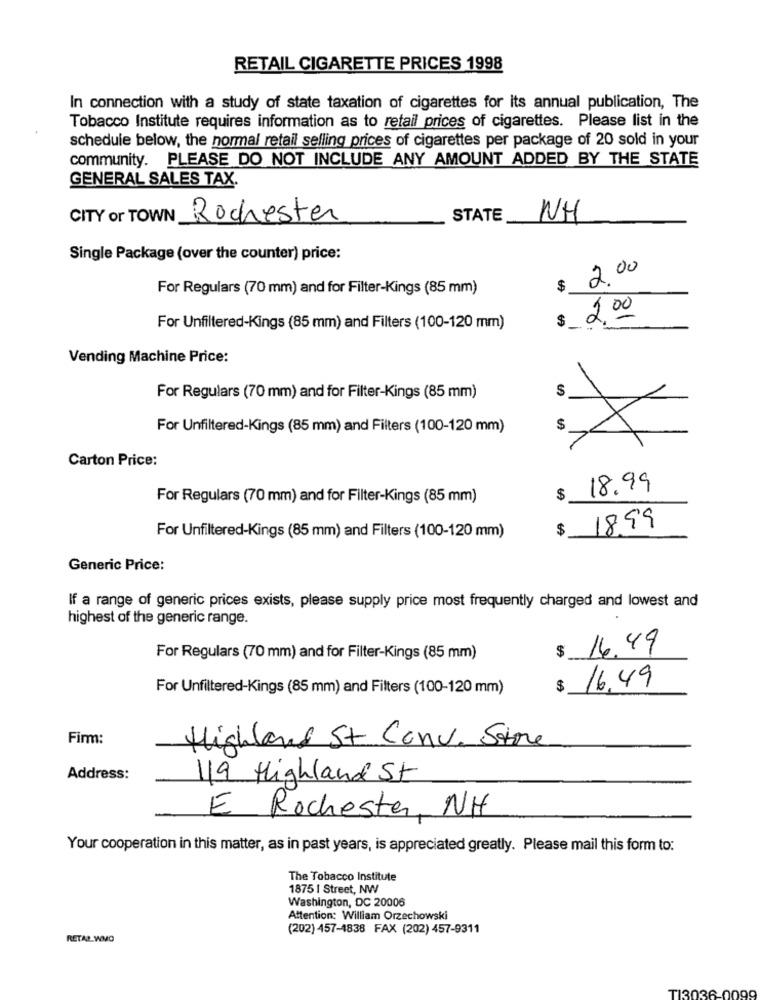
RETAIL CIGARETTE PRICES 1998
In connection with a study of state taxation of cigarettes for its annual publication, The
Tobacco Institute requires information as to retail prices of cigarettes. Please list in the
schedule below, the normal retail selling prices of cigarettes per package of 20 sold in your
community. PLEASE DO NOT INCLUDE ANY AMOUNT ADDED BY THE STATE
GENERAL SALES TAX.
CITY or TOWN
Rochester
STATE
NH
Single Package (over the counter) price:
2.00
For Regulars (70 mm) and for Filter-Kings (85 mm)
$ 2.00
For Unfiltered-Kings (85 mm) and Filters (100-120 mm)
Vending Machine Price:
S
For Regulars (70 mm) and for Filter-Kings (85 mm)
For Unfiltered-Kings (85 mm) and Filters (100-120 mm)
$
X
Carton Price:
18.99
For Regulars (70 mm) and for Filter-Kings (85 mm)
$
$
1899
For Unfiltered-Kings (85 mm) and Filters (100-120 mm)
Generic Price:
If a range of generic prices exists, please supply price most frequently charged and lowest and
highest of the generic range.
16.49
For Regulars (70 mm) and for Filter-Kings (85 mm)
$
16.49
For Unfiltered-Kings (85 mm) and Filters (100-120 mm)
$
Firm:
Highland St Conv. Store
Address:
119 Highland St
E Rochester, NH
Your cooperation in this matter, as in past years, is appreciated greatly. Please mail this form to:
The Tobacco Institute
1875 | Street, NW
Washington, DC 20006
Attention: William Orzechowski
(202) 457-1838 FAX (202) 457-9311
RETAL WMO
TI3036-0099